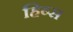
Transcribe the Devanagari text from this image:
हिब्स